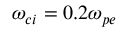
\omega _ { c i } = 0 . 2 \omega _ { p e }